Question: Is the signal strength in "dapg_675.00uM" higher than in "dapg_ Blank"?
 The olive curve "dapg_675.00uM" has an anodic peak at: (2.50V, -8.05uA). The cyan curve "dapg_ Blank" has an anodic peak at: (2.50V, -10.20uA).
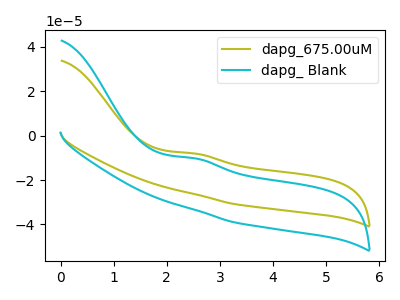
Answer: <think>All the peaks in "dapg_675.00uM" have a peak in "dapg_ Blank" at the same potential. Every peak in "dapg_675.00uM" is higher than every peak in "dapg_ Blank".
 </think>
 <answer>"dapg_675.00uM" has more signal than "dapg_ Blank".</answer>
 <eval>more_signal</eval>